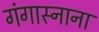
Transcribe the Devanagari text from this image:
गंगास्नाना